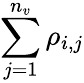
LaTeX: \sum_{j=1}^{n_{v}}\rho_{i,j}